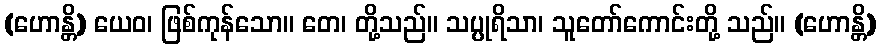
(ဟောန္တိ) ယေဝ၊ ဖြစ်ကုန်သော။ တေ၊ တို့သည်။ သပ္ပုရိသာ၊ သူတော်ကောင်းတို့ သည်။ (ဟောန္တိ)